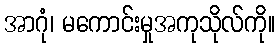
အာဂုံ၊ မကောင်းမှုအကုသိုလ်ကို။